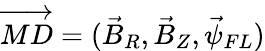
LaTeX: \overrightarrow{MD}=(\vec{B}_{R},\vec{B}_{Z},\vec{\psi}_{FL})